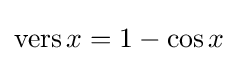
\operatorname {vers} x=1-\cos x